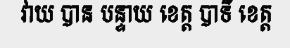
វាយ បាន បន្ទាយ ខេត្ត បាទី ខេត្ត